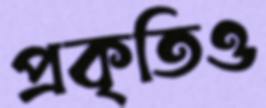
প্রকৃতিও